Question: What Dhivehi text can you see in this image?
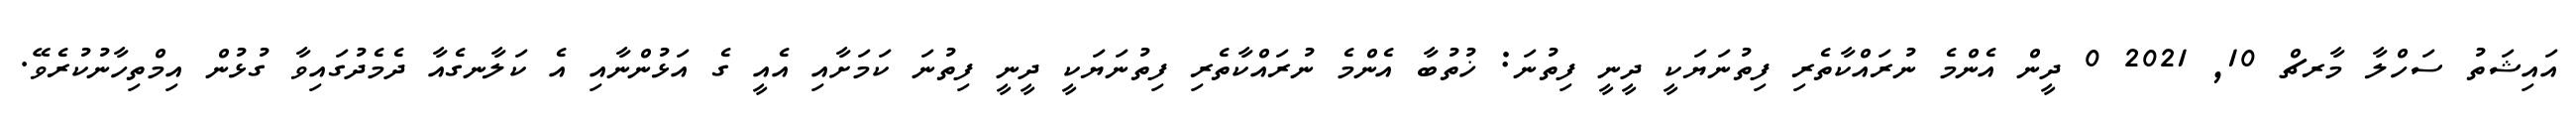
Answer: އައިޝަތު ސަހްލާ މާރޗް 10, 2021 0 ދީން އެންމެ ނުރައްކާތެރި ފިތުނަޔަކީ ދީނީ ފިތުނަ: ޚުތުބާ އެންމެ ނުރައްކާތެރި ފިތުނަޔަކީ ދީނީ ފިތުނަ ކަމަށާއި އެއީ ގެ އަޅުންނާއި އެ ކަލާނގެއާ ދެމެދުގައިވާ ގުޅުން އިމްތިހާނުކުރެވޭ.